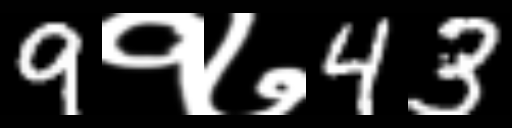
Text: 9१७43